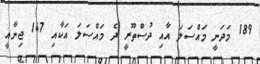
189 މަދަނީ މައްސަލަ އާއި ދުސްތޫރީ ދެ މައްސަލަ އަކާއި 147 ޖިނާއީ